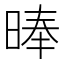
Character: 𣈖